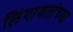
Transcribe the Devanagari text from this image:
लिंगायतांच्या